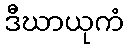
ဒီဃာယုကံ